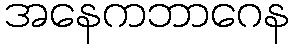
အနေကဘာဂေန